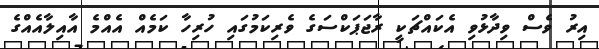
އިރު ވެސް ވިދާޅުވި އެކައްޗަކީ ރާޖަޕަކްސަގެ ވެރިކަމުގައި ހުރިހާ ކަމެއް އެއްމެ އާއިލާއެއްގެ